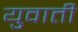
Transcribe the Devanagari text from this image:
युवाती